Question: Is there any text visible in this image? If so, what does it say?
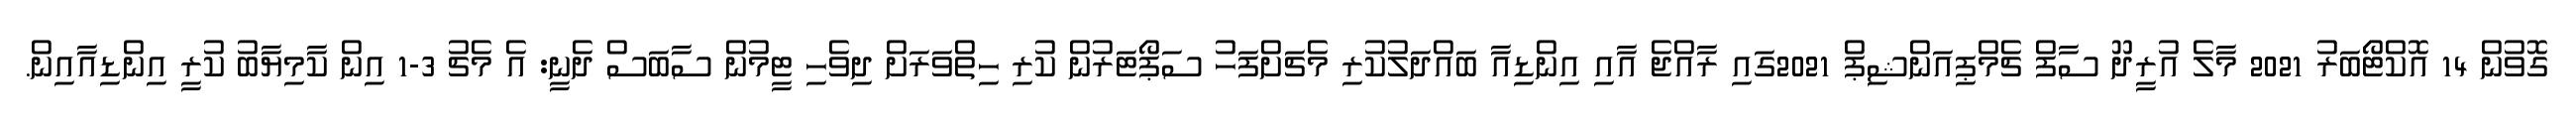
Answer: ގޮވުން 14 އޮކްޓޯބަރު 2021 މާލެ އުރީދޫ ސާފް ޗެމްޕިއަންޝިޕް 2021ގައި ރާއްޖެ އާއި އިންޑިއާ ބައްދަލުކުރި މެޗަށްފަހު ސަޕޯޓަރުން ކުރި ހިތްވަރަށް ދިވެހި ޓީމުން ސާބަސް ދެނީ: އެ މެޗު 3-1 އިން ކާމިޔާބު ކުރީ އިންޑިއާއިން.